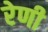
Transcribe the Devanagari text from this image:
रेणी